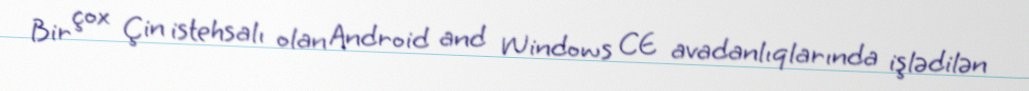
Bir çox Çin istehsalı olan Android and Windows CE avadanlıqlarında işlədilən